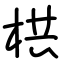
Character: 栱